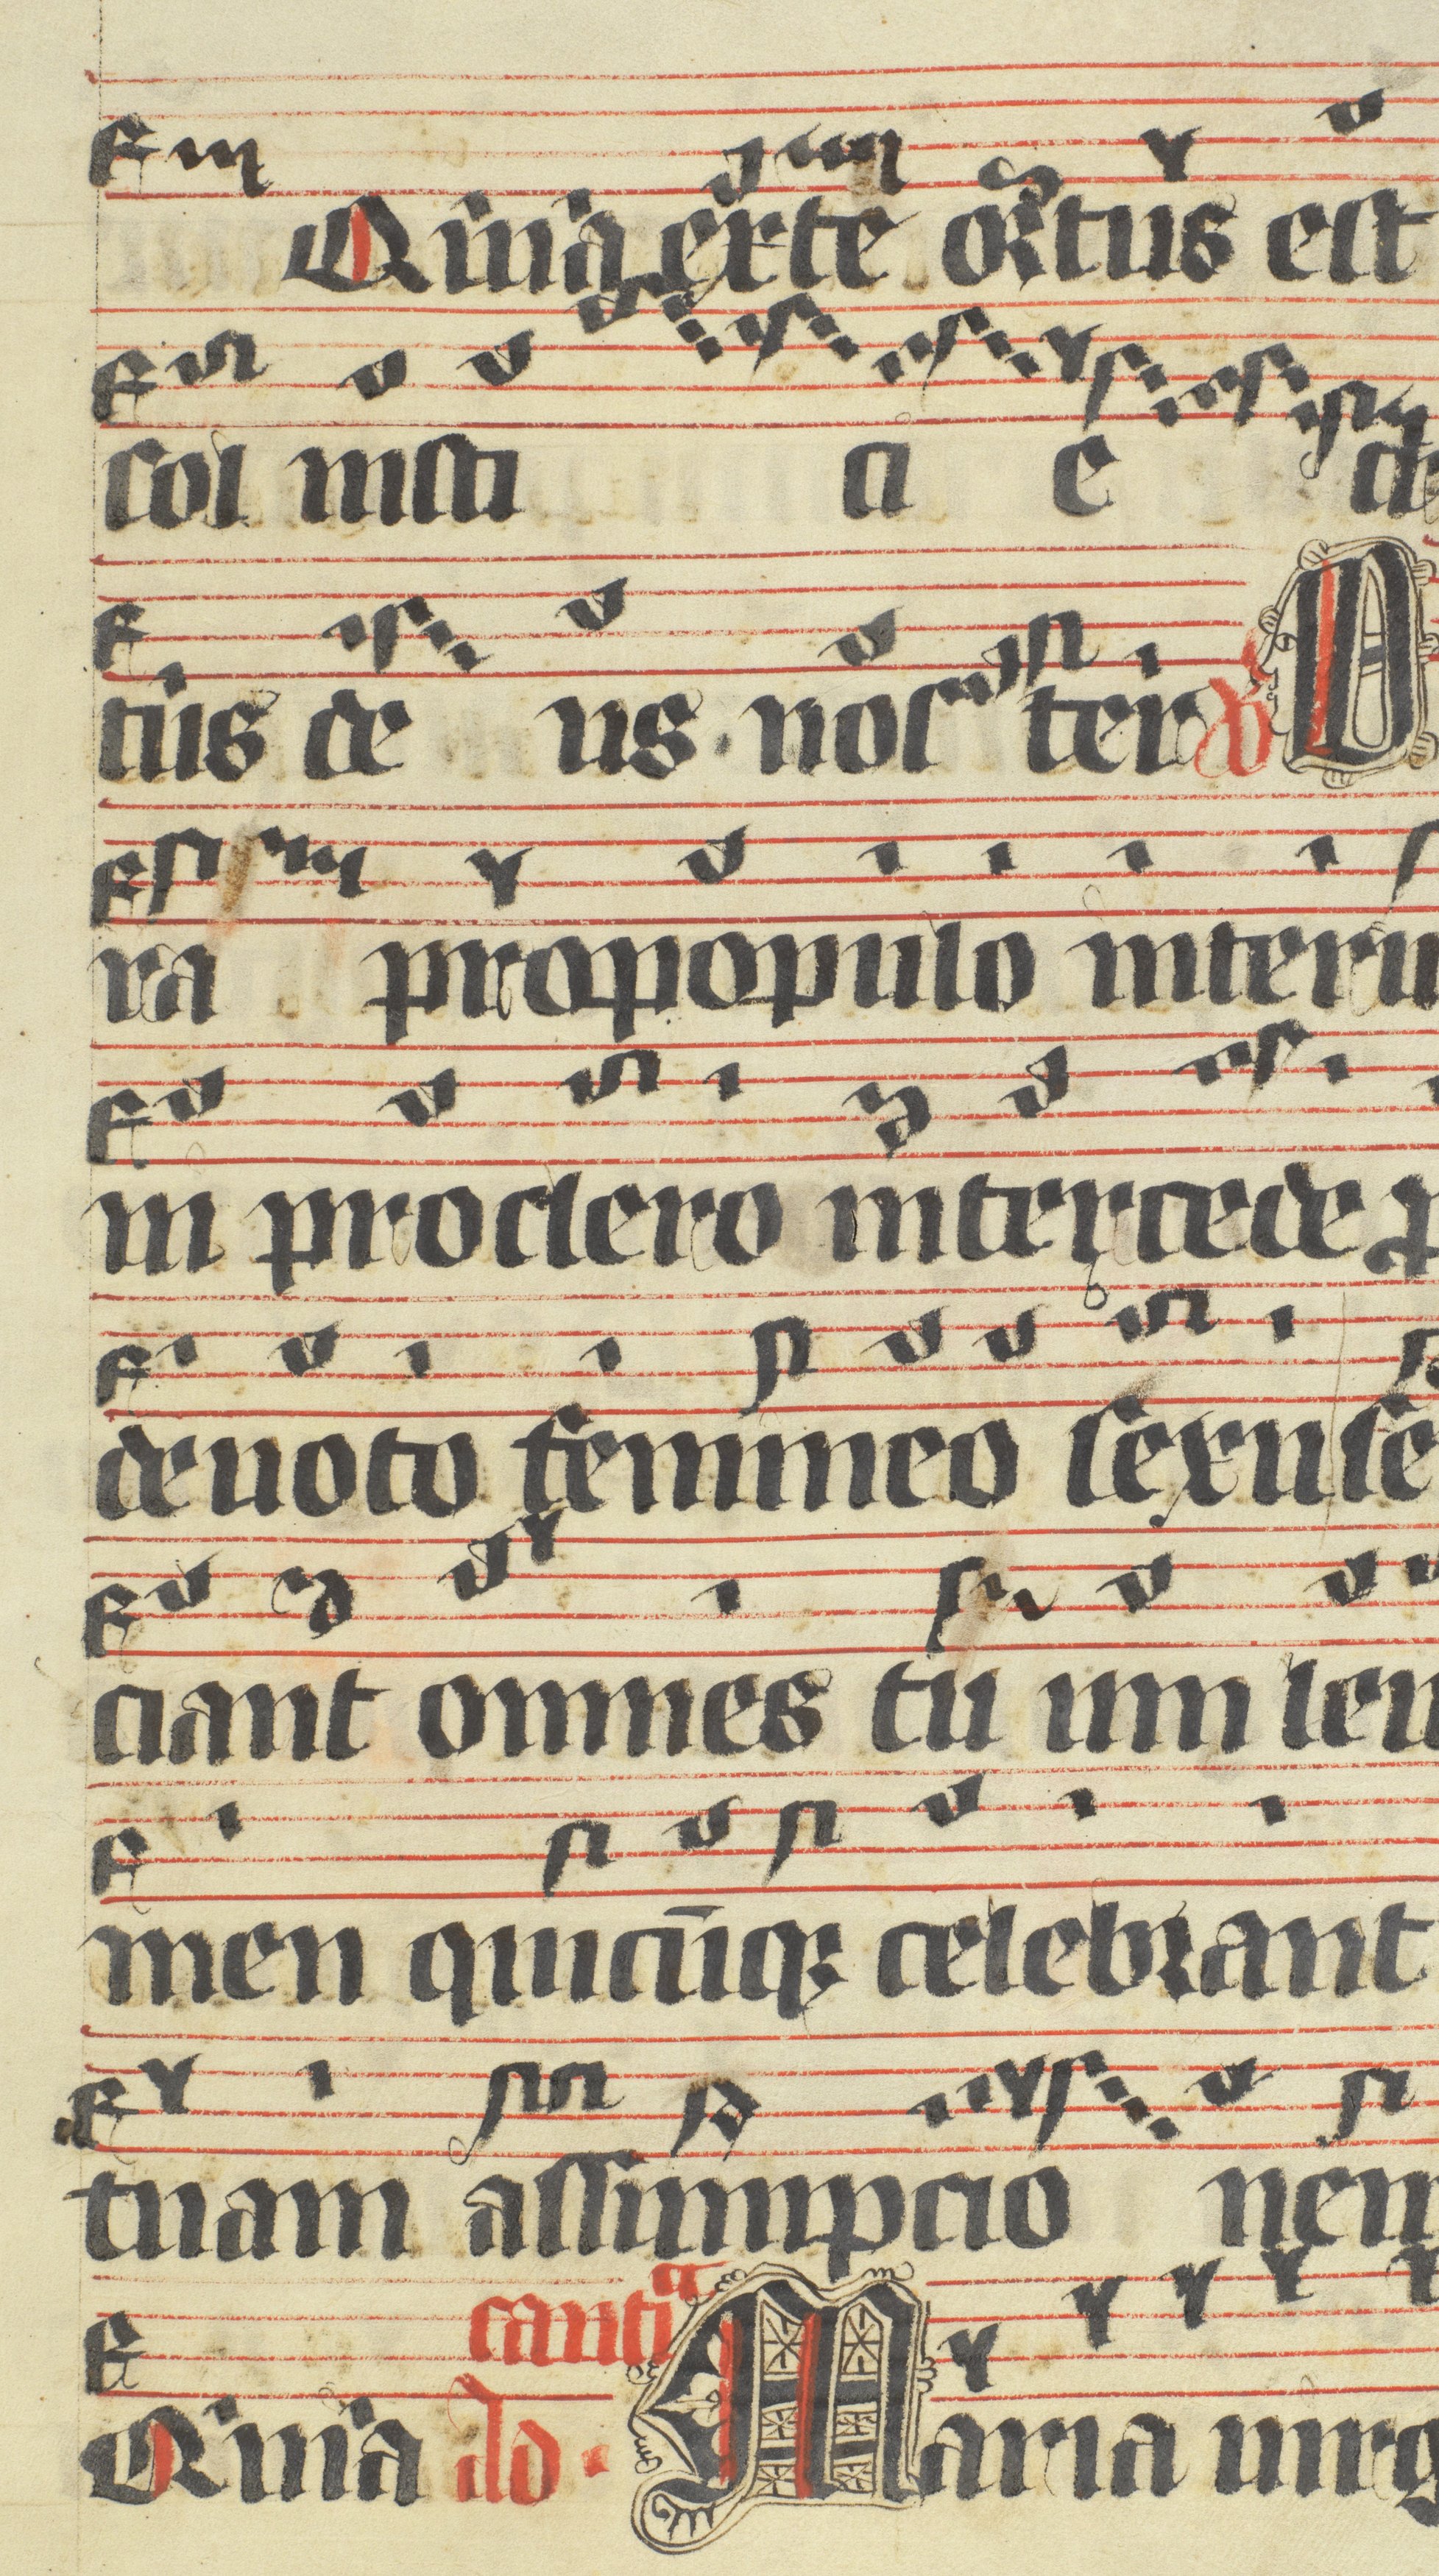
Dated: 1400–1499